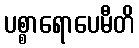
ပစ္စာရောပေမီတိ